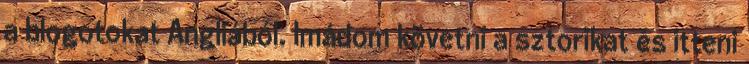
a blogotokat Angliából. Imádom követni a sztorikat és itteni